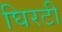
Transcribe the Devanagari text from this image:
घिरटी